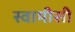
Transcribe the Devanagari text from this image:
स्वामीसी